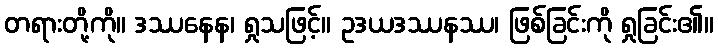
တရားတို့ကို။ ဒဿနေန၊ ရှုသဖြင့်။ ဥဒယဒဿနဿ၊ ဖြစ်ခြင်းကို ရှုခြင်း၏။